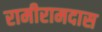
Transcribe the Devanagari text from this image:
रामीरामदास